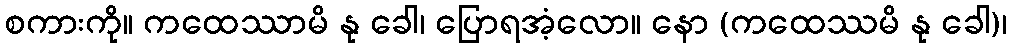
စကားကို။ ကထေဿာမိ နု ခေါ၊ ပြောရအံ့လော။ နော (ကထေဿမိ နု ခေါ)၊